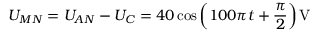
U _ { M N } = U _ { A N } - U _ { C } = 4 0 \cos \left( 1 0 0 \pi t + \frac { \pi } { 2 } \right) \mathrm { V }